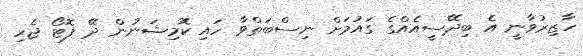
ހާޒިރުވާނީ އެ ބިދޭސީއެއްގެ ގައުމަށް ނިސްބަތްވާ ހައި ކޮމިޝަނުން ދޭ ފޮޓޯ ޖެހި